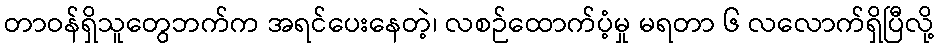
တာဝန်ရှိသူတွေဘက်က အရင်ပေးနေတဲ့၊ လစဉ်ထောက်ပံ့မှု မရတာ ၆ လလောက်ရှိပြီလို့